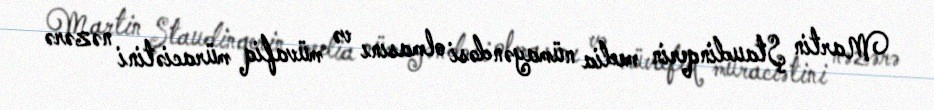
Martin Ştaudinqerin media nümayəndəsi olmasını və müvafiq müraciətini nəzərə